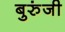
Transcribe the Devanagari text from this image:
बुरुंजी